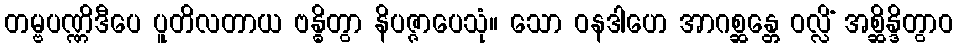
တမ္ဗပဏ္ဏိဒီပေ ပူတိလတာယ ဗန္ဓိတွာ နိပဇ္ဇာပေသုံ။ သော ဝနဒါဟေ အာဂစ္ဆန္တေ ဝလ္လိံ အစ္ဆိန္ဒိတွာဝ